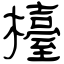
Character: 檯